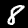
Digit: 8